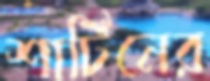
শার্টিনের